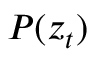
P ( z _ { t } )